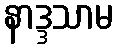
နာဒ္ဒသာမ